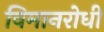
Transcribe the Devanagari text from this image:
विमानरोधी